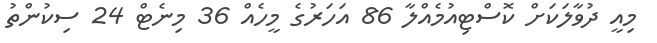
މިއީ ދުވާލަކަށް ކޮސްޓިއުމެއްލާ 86 އަހަރުގެ މީހެއް 36 މިނެޓް 24 ސިކުންތު